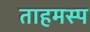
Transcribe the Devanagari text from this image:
ताहमस्प